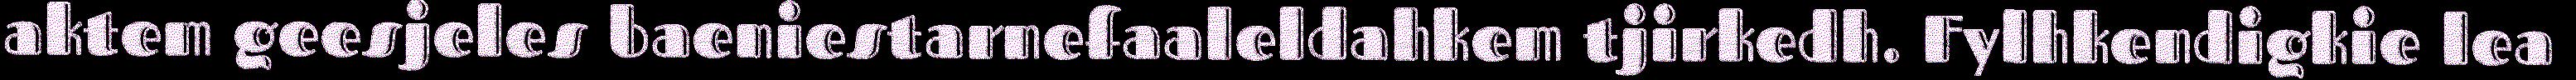
aktem geesjeles baeniestarnefaaleldahkem tjirkedh. Fylhkendigkie lea